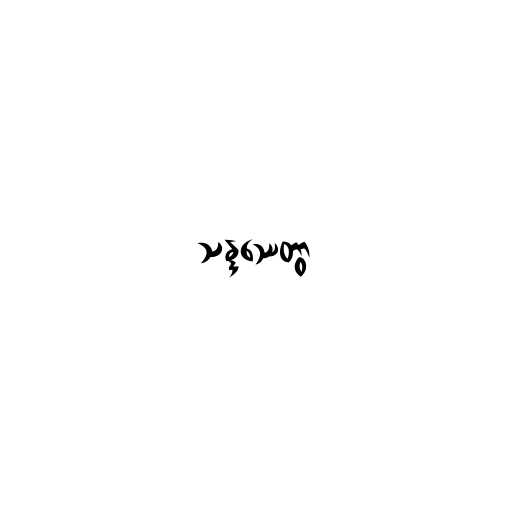
သန္ဒဿေတွာ